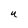
Character: U